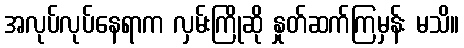
အလုပ်လုပ်နေရာက လှမ်းကြိုဆို နှုတ်ဆက်ကြမှန်း မသိ။